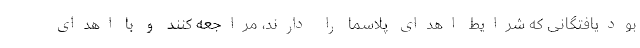
بودیافتگانی که شرایط اهدای پلاسما را دارند، مراجعه کنند و با اهدای